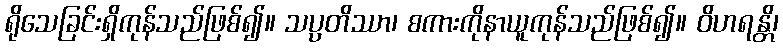
ရိုသေခြင်းရှိကုန်သည်ဖြစ်၍။ သပ္ပတိဿာ၊ စကားကိုနာယူကုန်သည်ဖြစ်၍။ ဝိဟရန္တိ၊